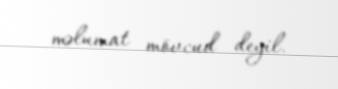
məlumat mövcud deyil.